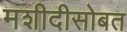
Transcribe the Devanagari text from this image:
मशीदीसोबत